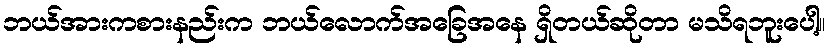
ဘယ်အားကစားနည်းက ဘယ်လောက်အခြေအနေ ရှိတယ်ဆိုတာ မသိရဘူးပေါ့။